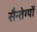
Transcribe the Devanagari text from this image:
सैन्तेग्यों